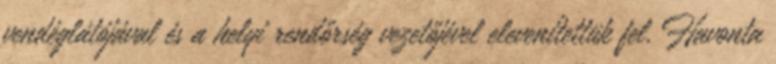
vendéglátójával és a helyi rendőrség vezetőjével elevenítettük fel. Havonta